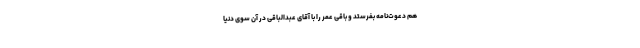
هم دعوت‌نامه بفرستد و باقی عمر را با آقای عبدالباقی در آن سوی دنیا